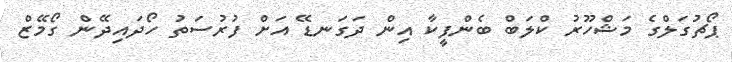
ޕޯޗުގަލްގެ މަޝްހޫރު ކްލަބް ބެންފީކާ އިން ދަގަނޑޭ އަށް ފުރުސަތު ހޯދައިދޭން ގޯމޭޒް